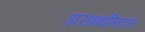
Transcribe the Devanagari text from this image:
अराइथमियास